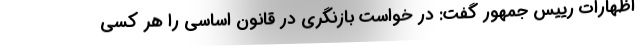
اظهارات رییس جمهور گفت: در خواست بازنگری در قانون اساسی را هر کسی